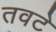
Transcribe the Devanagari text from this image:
तवटे